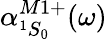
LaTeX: \alpha_{^1S_{0}}^{M1+}(\omega)